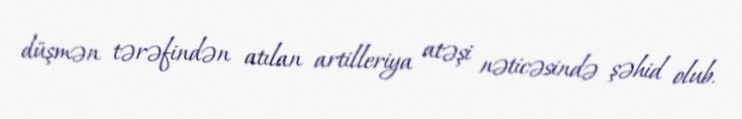
düşmən tərəfindən atılan artilleriya atəşi nəticəsində şəhid olub.